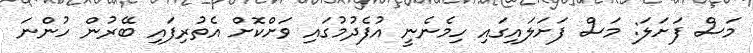
މަސް ފަށަލަ: މަސް ފަށަލައިގައި ހިމެނެނީ އުފެދުމުގައި ވަށްކޮށް އެތުރިފައި ބޭރުން ހުންނަ